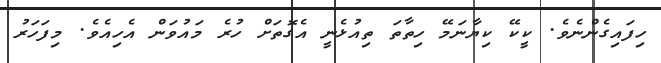
ހިފައިގެންނެވެ. ކީކޭ ކިޔާނަމޭ ހިތާތަ ތިއުޅެނީ އެގޮތަށް ހުރެ މައުވަން އެހިއެވެ. މިފަހަރު